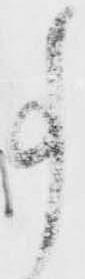
事